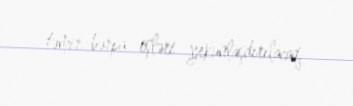
təmir-bərpa işləri yekunlaşdırılacaq.